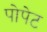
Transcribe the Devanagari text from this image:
पोपेट